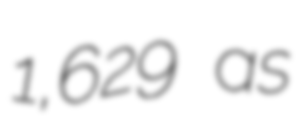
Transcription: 1,629 as